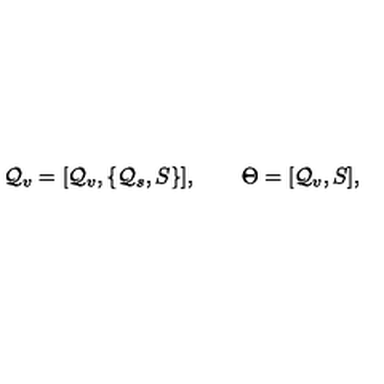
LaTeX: { \cal Q } _ { v } = [ { \cal Q } _ { v } , \{ { \cal Q } _ { s } , S \} ] , \quad \quad \Theta = [ { \cal Q } _ { v } , S ] ,